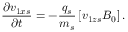
\frac { \partial { v } _ { 1 x s } } { \partial t } = - \frac { q _ { s } } { m _ { s } } \left[ { v } _ { 1 z s } B _ { 0 } \right] .